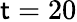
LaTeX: \mathsf{t}=20